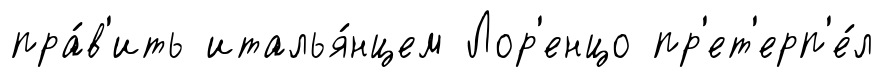
пра́в'ить италья́нцем Лор'енцо пр'ет'ерп'е́л